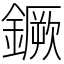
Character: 鐝